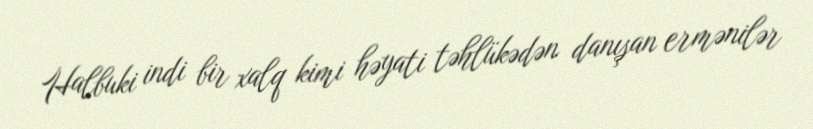
Halbuki indi bir xalq kimi həyati təhlükədən danışan ermənilər